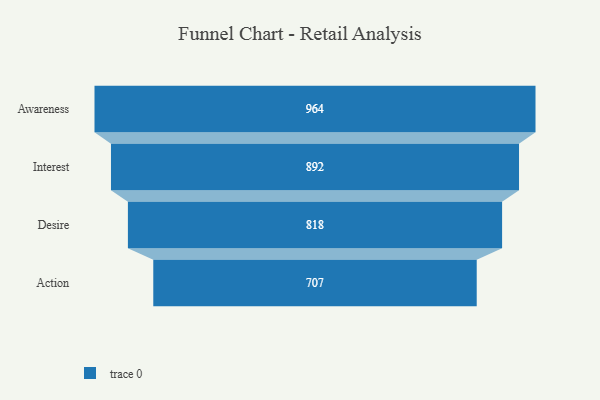
{"axis": {"x": "Stage", "y": "Value"}, "legend": [""], "data": [{"x": "Awareness", "y": 964.0, "type": ""}, {"x": "Interest", "y": 892.0, "type": ""}, {"x": "Desire", "y": 818.0, "type": ""}, {"x": "Action", "y": 707.0, "type": ""}]}